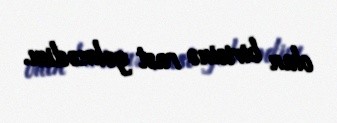
olan birisinə rast gəlmədim.